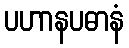
ပဟာနပဓာနံ